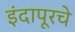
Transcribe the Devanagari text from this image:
इंदापूरचे